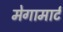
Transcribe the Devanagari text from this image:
मेगामार्ट